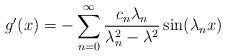
LaTeX: \begin{align*} g'(x) = - \sum_{n = 0}^\infty{\frac{{{c_n}{\lambda _n}}}{{\lambda _n^2 - {\lambda ^2}}}} \sin(\lambda_n x)\end{align*}